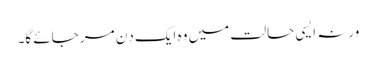
ورنہ ایسی حالت میں وہ ایک دِن مر جائے گا۔